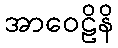
အာဝေဠိနိ